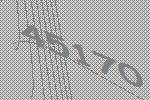
45170